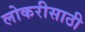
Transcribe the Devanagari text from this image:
लोकरीसाठी